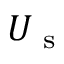
U _ { \textrm { s } }